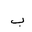
Letter: _ba